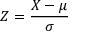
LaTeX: Z = { \frac { X - \mu } { \sigma } }